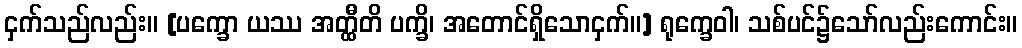
ငှက်သည်လည်း။ [ပက္ခော ယဿ အတ္ထီတိ ပက္ခိ၊ အတောင်ရှိသောငှက်။] ရုက္ခေဝါ၊ သစ်ပင်၌သော်လည်းကောင်း။